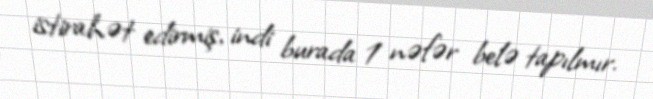
istirahət edirmiş, indi burada 1 nəfər belə tapılmır.